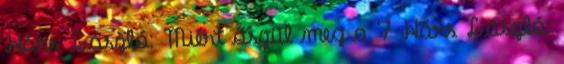
Hárs László: Miért őszül meg a 7 Hárs László: